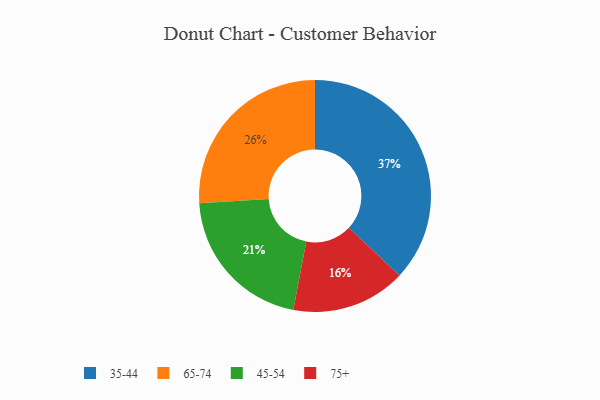
{"axis": {"x": "Category", "y": "Percentage"}, "legend": ["35-44", "45-54", "65-74", "75+"], "data": [{"x": "35-44", "y": 37, "type": "35-44"}, {"x": "75+", "y": 16, "type": "75+"}, {"x": "45-54", "y": 21, "type": "45-54"}, {"x": "65-74", "y": 26, "type": "65-74"}]}